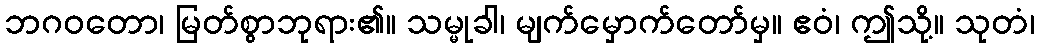
ဘဂဝတော၊ မြတ်စွာဘုရား၏။ သမ္မုခါ၊ မျက်မှောက်တော်မှ။ ဧဝံ၊ ဤသို့။ သုတံ၊